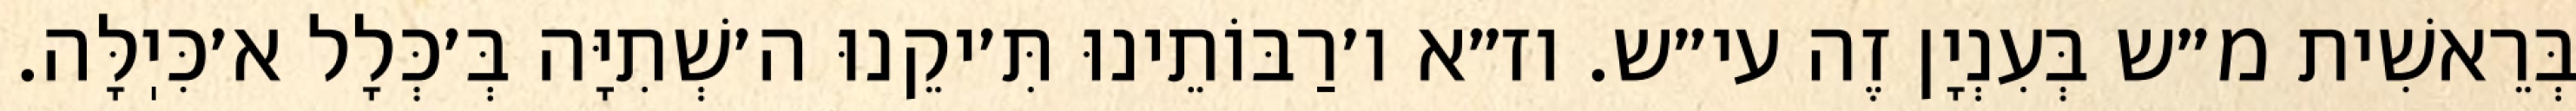
בְּרֵאשִׁית מ״ש בְּעִנְיָן זֶה עי״ש. וז״א ו׳רַבּוֹתֵינוּ תִּ׳יקֵנוּ ה׳שְׁתִיָּה בְּ׳כְּלָל א׳כִּיֽלָּה.